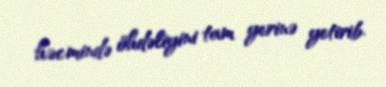
həcmində öhdəliyini tam yerinə yetirib.